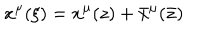
x ^ { \mu } ( \xi ) = x ^ { \mu } ( z ) + \bar { x } ^ { \mu } ( { \bar { z } } )